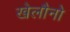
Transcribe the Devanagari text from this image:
खेलौनो